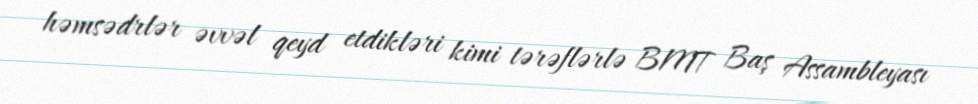
həmsədrlər əvvəl qeyd etdikləri kimi tərəflərlə BMT Baş Assambleyası